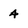
Character: 4